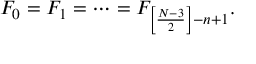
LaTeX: { \cal F } _ { 0 } = { \cal F } _ { 1 } = \cdots = { \cal F } _ { \left[ \frac { N - 3 } { 2 } \right] - n + 1 } .